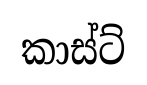
කාස්ට්